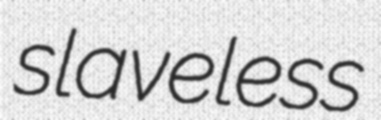
slaveless